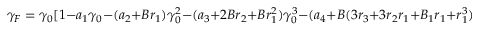
\gamma _ { F } = \gamma _ { 0 } [ 1 - a _ { 1 } \gamma _ { 0 } - ( a _ { 2 } + B r _ { 1 } ) \gamma _ { 0 } ^ { 2 } - ( a _ { 3 } + 2 B r _ { 2 } + B r _ { 1 } ^ { 2 } ) \gamma _ { 0 } ^ { 3 } - ( a _ { 4 } + B ( 3 r _ { 3 } + 3 r _ { 2 } r _ { 1 } + B _ { 1 } r _ { 1 } + r _ { 1 } ^ { 3 } ) ) \gamma _ { 0 } ^ { 4 } ] .